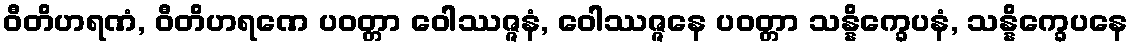
ဝီတိဟရဏံ, ဝီတိဟရဏေ ပဝတ္တာ ဝေါဿဇ္ဇနံ, ဝေါဿဇ္ဇနေ ပဝတ္တာ သန္နိက္ခေပနံ, သန္နိက္ခေပနေ